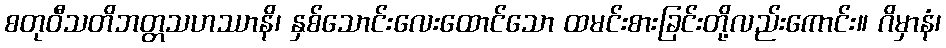
စတုဝီသတိဘတ္တသဟဿာနိ၊ နှစ်သောင်းလေးထောင်သော ထမင်းစားခြင်းတို့လည်းကောင်း။ ဂိမှာနံ၊